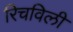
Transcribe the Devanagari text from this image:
रिचविली